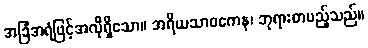
အခြံအရံဖြင့်အလိုရှိသော။ အရိယသာဝကေန၊ ဘုရားတပည့်သည်။